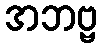
အဘဗ္ဗ